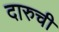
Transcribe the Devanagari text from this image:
दारुची